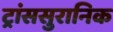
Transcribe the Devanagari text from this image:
ट्रांससुरानिक